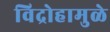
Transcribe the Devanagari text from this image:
विद्रोहामुळे